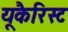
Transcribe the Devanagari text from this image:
यूकैरिस्ट